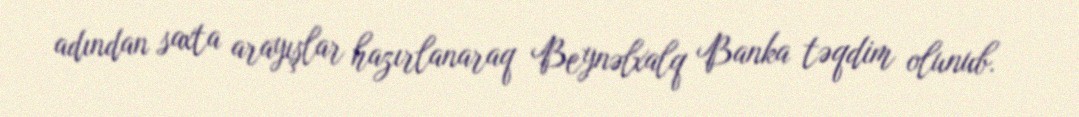
adından saxta arayışlar hazırlanaraq Beynəlxalq Banka təqdim olunub.